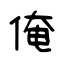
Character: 俺